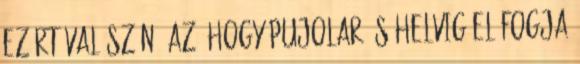
Ezért valószínű az, hogy Pujolar és Helvig el fogja